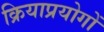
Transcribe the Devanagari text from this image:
क्रियाप्रयोगों